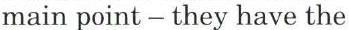
main point - they have the